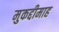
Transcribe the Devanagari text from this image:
मुकद्दीमाह